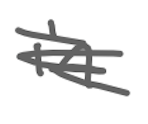
Text: in
Cross-out: scratch
Writing tool: digital_gray